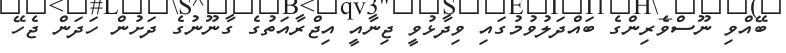
ބޭއްވި ނޫސްވެރިންގެ ބައްދަލުވުމުގައި ވިދާޅުވީ ޖިނާއީ އިޖްރާއަތުގެ ގާނޫނުގެ ދަށުން ހަދަން ޖެހޭ